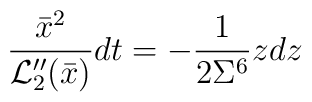
\frac{\bar x^2}{{\cal L}_2''(\bar x)}dt=-\frac{1}{2\Sigma^6}zdz